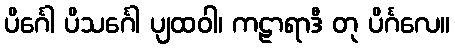
ပိင်္ဂေါ ပိသင်္ဂေါ ပျထဝါ၊ ကဠာရာဒီ တု ပိင်္ဂလေ။